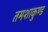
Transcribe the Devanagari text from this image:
तमशाकुण्ड